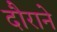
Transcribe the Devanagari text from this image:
दौराने